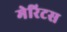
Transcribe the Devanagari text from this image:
मेरिटस